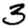
Digit: 3